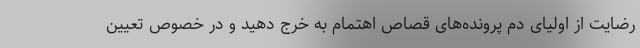
رضایت از اولیای دم پرونده‌های قصاص اهتمام به خرج دهید و در خصوص تعیین